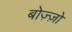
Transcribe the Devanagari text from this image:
बोज़्ज़ो